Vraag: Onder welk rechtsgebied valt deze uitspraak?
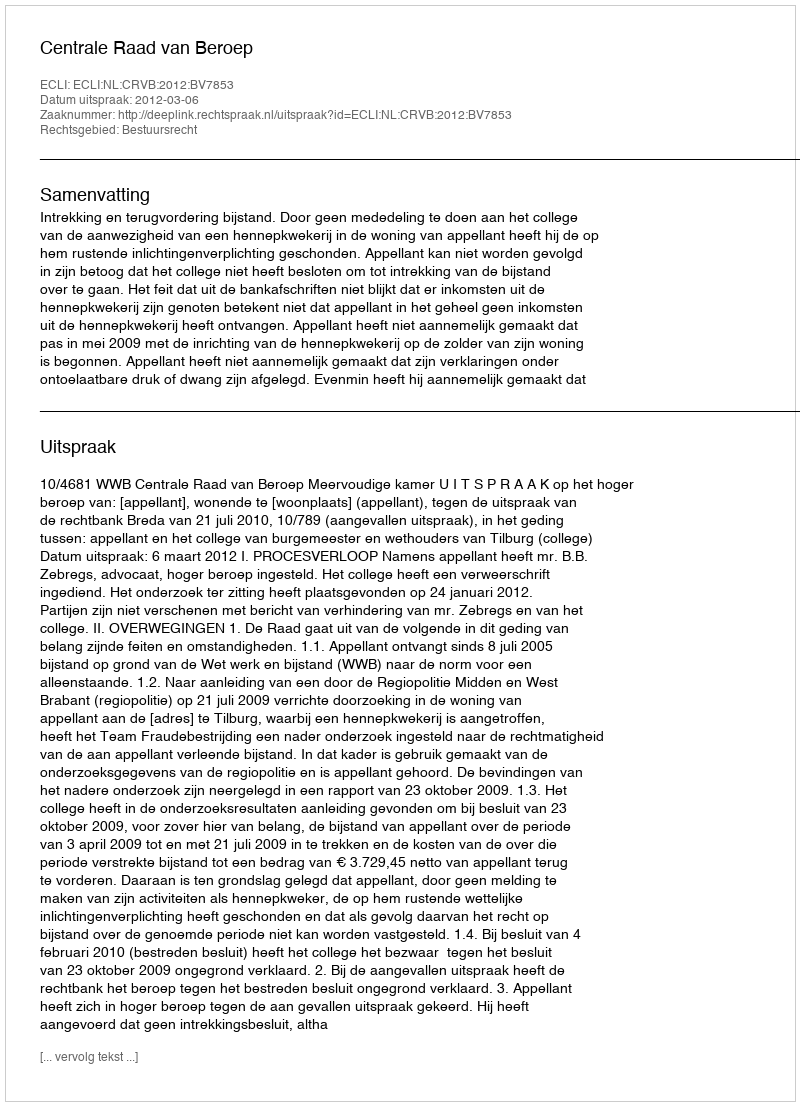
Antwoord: Bestuursrecht